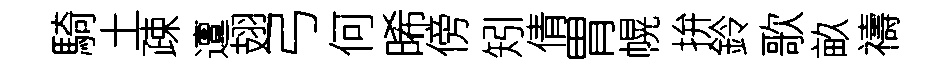
騎土疎邅翅弓何晞傍矧倩胃幌拚鈴歌畝禱